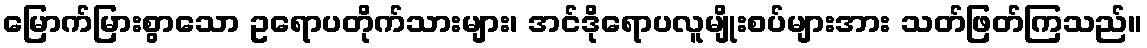
မြောက်မြားစွာသော ဥရောပတိုက်သားများ၊ အင်ဒိုရောပလူမျိုးစပ်များအား သတ်ဖြတ်ကြသည်။